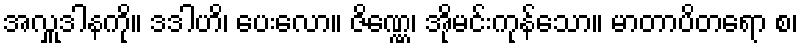
အလှူဒါနကို။ ဒဒါဟိ၊ ပေးလော။ ဇိဏ္ဏေ၊ အိုမင်းကုန်သော။ မာတာပိတရော စ၊